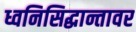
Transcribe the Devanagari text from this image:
ध्वनिसिद्धान्तावर